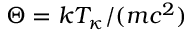
\Theta = k T _ { \kappa } / ( m c ^ { 2 } )